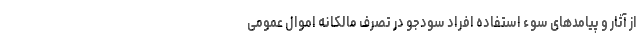
از آثار و پیامدهای سوء استفاده افراد سودجو در تصرف مالکانه اموال عمومی